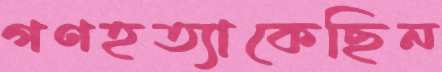
গণহত্যাকেছিন